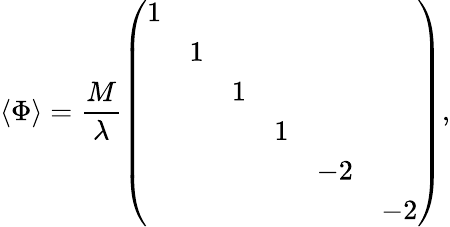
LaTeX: \langle\Phi\rangle=\frac{M}{\lambda}\left(\begin{array}{cccccc}{{1}}&{{}}&{{}}&{{}}&{{}}&{{}}\\ {{}}&{{1}}&{{}}&{{}}&{{}}&{{}}\\ {{}}&{{}}&{{1}}&{{}}&{{}}&{{}}\\ {{}}&{{}}&{{}}&{{1}}&{{}}&{{}}\\ {{}}&{{}}&{{}}&{{}}&{{-2}}&{{}}\\ {{}}&{{}}&{{}}&{{}}&{{}}&{{-2}}\end{array}\right),